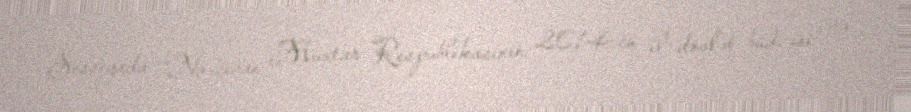
Sessiyada “Naxçıvan Muxtar Respublikasının 2014-cü il dövlət büdcəsi” və